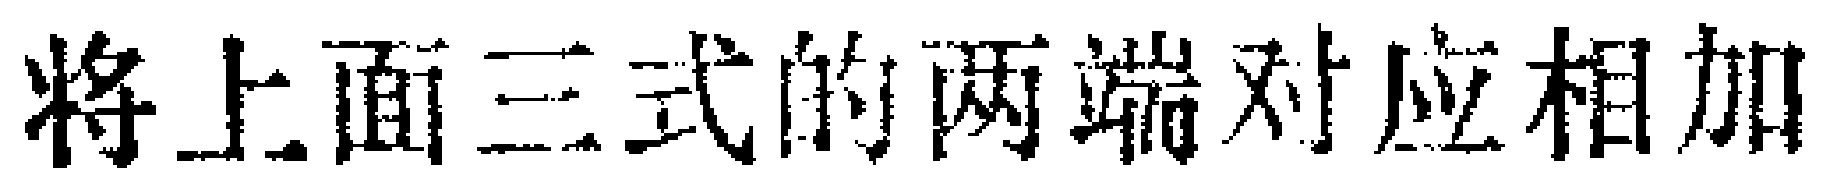
将上面三式的两端对应相加